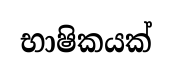
භාෂිකයක්